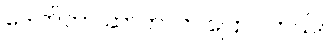
ဒေါက်တာ ဆာကာက ပြောပါတယ်။